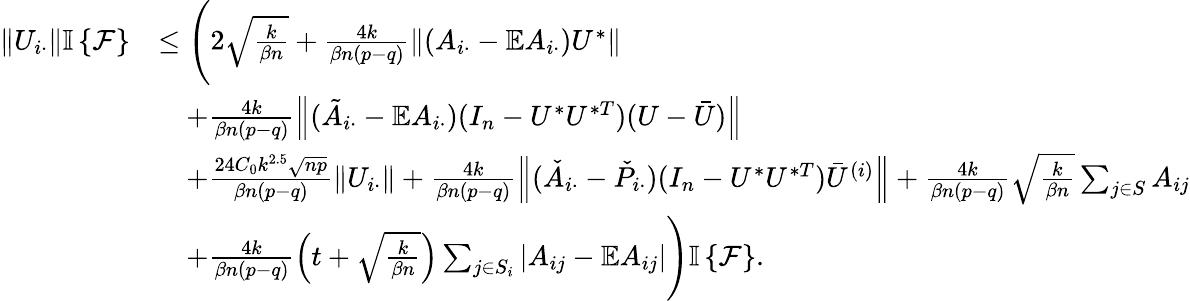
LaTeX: \begin{array}{rl}{\left\| {U_{i\cdot}}\right\| {\mathbb{I}\left\{ {\mathcal{F}}\right\} }}&{\leq\Bigg(2\sqrt{\frac{k}{\beta n}}+\frac{4k}{\beta n(p-q)}\left\| {(A_{i\cdot}-\mathbb{E}A_{i\cdot})U^{*}}\right\| }\\ &{\quad+\frac{4k}{\beta n(p-q)}\left\| {(\tilde{A}_{i\cdot}-\mathbb{E}A_{i\cdot})(I_{n}-U^{*}U^{*T})(U-\bar{U})}\right\| }\\ &{\quad+\frac{24C_{0}k^{2.5}\sqrt{np}}{\beta n(p-q)}\left\| {U_{i\cdot}}\right\| +\frac{4k}{\beta n(p-q)}\left\| {(\check{A}_{i\cdot}-\check{P}_{i\cdot})(I_{n}-U^{*}U^{*T})\bar{U}^{(i)}}\right\| +\frac{4k}{\beta n(p-q)}\sqrt{\frac{k}{\beta n}}\sum_{j\in S}A_{ij}}\\ &{\quad+\frac{4k}{\beta n(p-q)}\left(t+\sqrt{\frac{k}{\beta n}}\right)\sum_{j\in S_{i}}\left|A_{ij}-\mathbb{E}A_{ij}\right|\Bigg){\mathbb{I}\left\{ {\mathcal{F}}\right\} }.}\end{array}